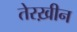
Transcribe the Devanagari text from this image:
तेरख़ीन